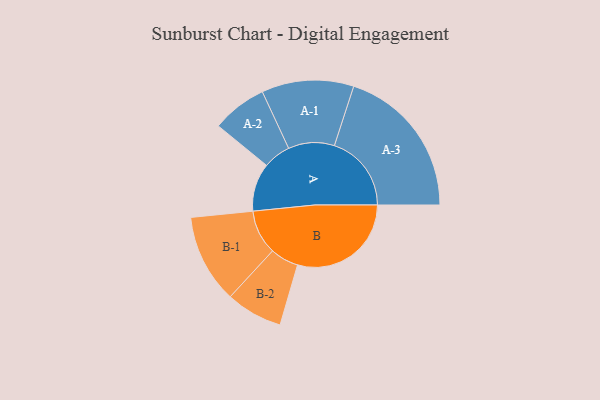
{"axis": {"x": "Segment", "y": "Value"}, "legend": ["", "A", "B"], "data": [{"x": "A", "y": 185, "type": ""}, {"x": "B", "y": 437, "type": ""}, {"x": "A-1", "y": 177, "type": "A"}, {"x": "A-2", "y": 106, "type": "A"}, {"x": "A-3", "y": 296, "type": "A"}, {"x": "B-1", "y": 171, "type": "B"}, {"x": "B-2", "y": 109, "type": "B"}]}